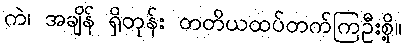
ကဲ၊ အချိန် ရှိတုန်း တတိယထပ်တက်ကြဦးစို့။